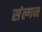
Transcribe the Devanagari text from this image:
संल्गन